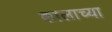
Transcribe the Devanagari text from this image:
कालाच्या